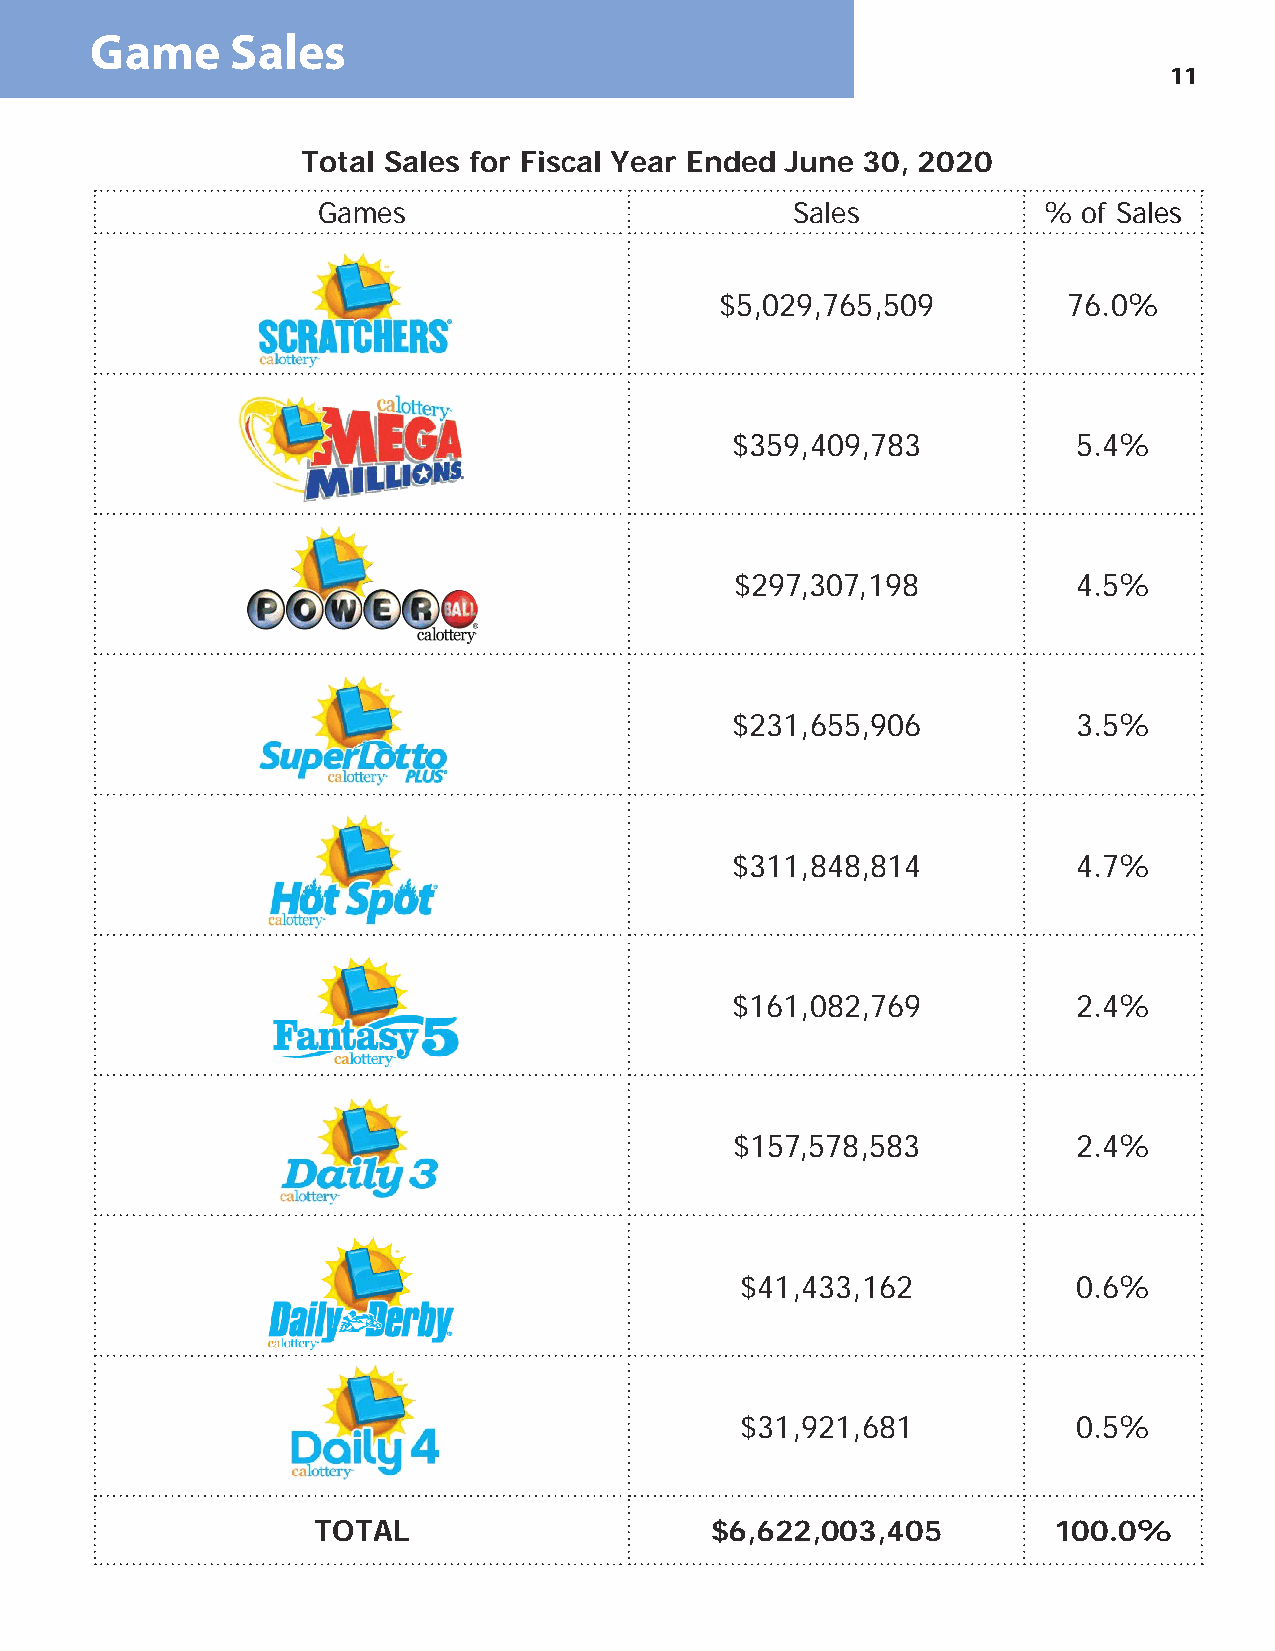
Game     Sales
 11
 Total Sales for Fiscal Year Ended June 30, 2020
 Games                           Sales           %  of Sales
 $5,029,765,509         76.0%
 $359,409,783           5.4%
 $297,307,198          4.5%
 $231,655,906           3.5%
 $311,848,814           4.7%
 $161,082,769           2.4%
 $157,578,583          2.4%
 $41,433,162           0.6%
 $31,921,681           0.5%
 TOTAL                     $6,622,003,405         100.0%